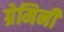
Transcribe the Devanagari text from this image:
ग्रेमिनी